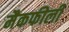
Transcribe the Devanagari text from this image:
मैकफीली